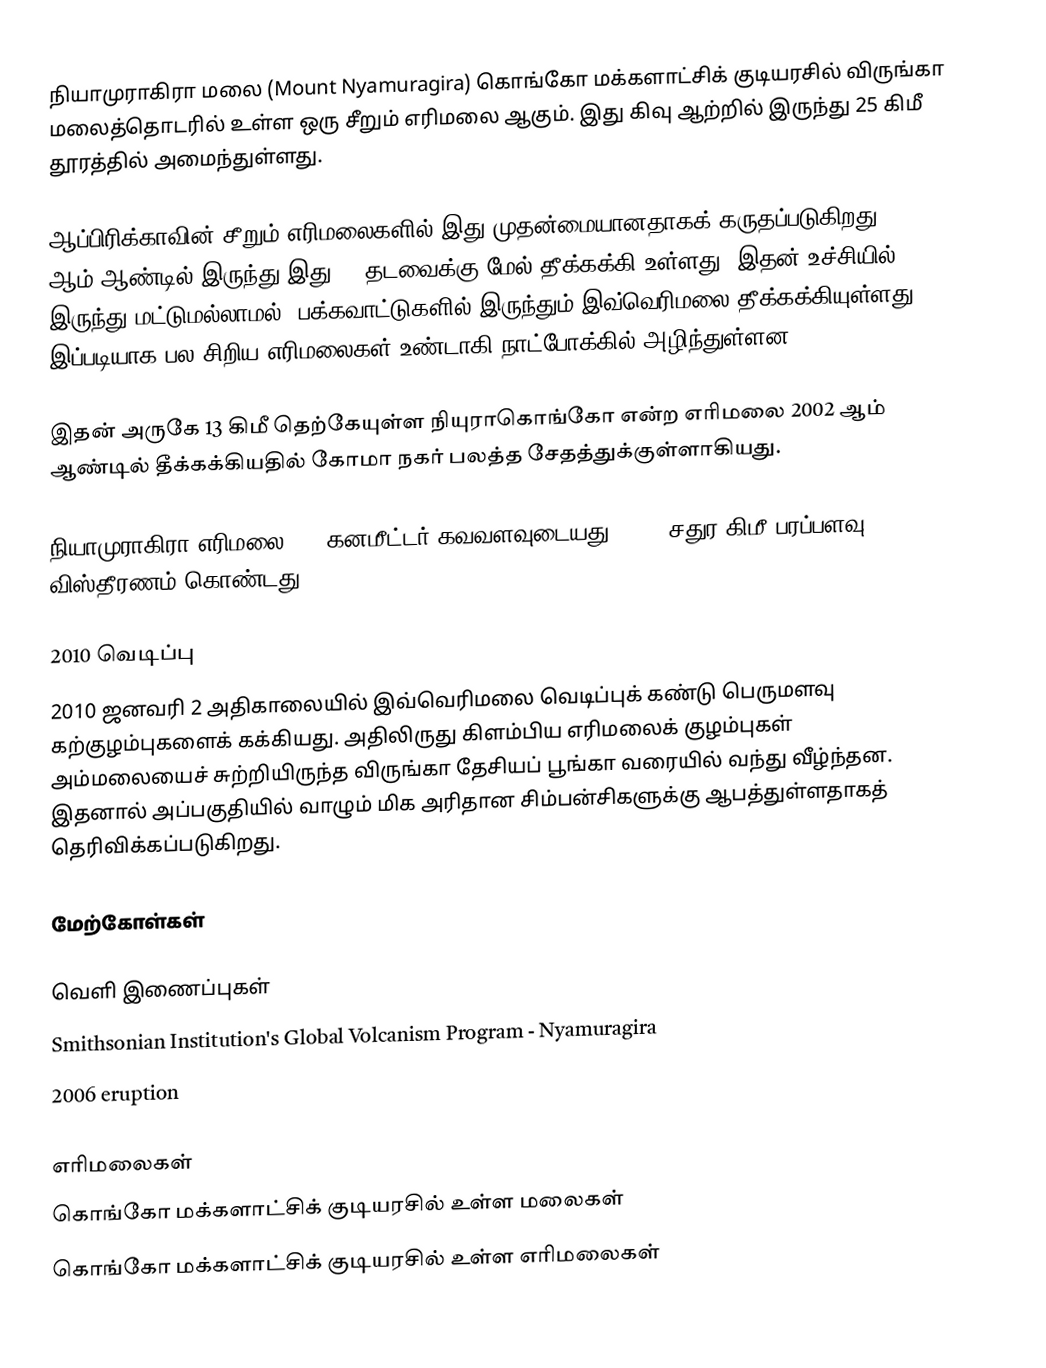
நியாமுராகிரா மலை (Mount Nyamuragira) கொங்கோ மக்களாட்சிக் குடியரசில் விருங்கா மலைத்தொடரில் உள்ள ஒரு சீறும் எரிமலை ஆகும். இது கிவு ஆற்றில் இருந்து 25 கிமீ தூரத்தில் அமைந்துள்ளது.

ஆப்பிரிக்காவின் சீறும் எரிமலைகளில் இது முதன்மையானதாகக் கருதப்படுகிறது. 1880 ஆம் ஆண்டில் இருந்து இது 30 தடவைக்கு மேல் தீக்கக்கி உள்ளது. இதன் உச்சியில் இருந்து மட்டுமல்லாமல், பக்கவாட்டுகளில் இருந்தும் இவ்வெரிமலை தீக்கக்கியுள்ளது. இப்படியாக பல சிறிய எரிமலைகள் உண்டாகி நாட்போக்கில் அழிந்துள்ளன.

இதன் அருகே 13 கிமீ தெற்கேயுள்ள நியுராகொங்கோ என்ற எரிமலை 2002 ஆம் ஆண்டில் தீக்கக்கியதில் கோமா நகர் பலத்த சேதத்துக்குள்ளாகியது.

நியாமுராகிரா எரிமலை 500 கனமீட்டர் கவவளவுடையது, 1500 சதுர கிமீ பரப்பளவு விஸ்தீரணம் கொண்டது.

2010 வெடிப்பு
2010 ஜனவரி 2 அதிகாலையில் இவ்வெரிமலை வெடிப்புக் கண்டு பெருமளவு கற்குழம்புகளைக் கக்கியது. அதிலிருது கிளம்பிய எரிமலைக் குழம்புகள் அம்மலையைச் சுற்றியிருந்த விருங்கா தேசியப் பூங்கா வரையில் வந்து வீழ்ந்தன. இதனால் அப்பகுதியில் வாழும் மிக அரிதான சிம்பன்சிகளுக்கு ஆபத்துள்ளதாகத் தெரிவிக்கப்படுகிறது.

மேற்கோள்கள்

வெளி இணைப்புகள்
 Smithsonian Institution's Global Volcanism Program - Nyamuragira
 2006 eruption

எரிமலைகள்
கொங்கோ மக்களாட்சிக் குடியரசில் உள்ள மலைகள்
கொங்கோ மக்களாட்சிக் குடியரசில் உள்ள எரிமலைகள்